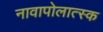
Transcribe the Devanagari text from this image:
नावापोलात्स्क